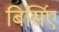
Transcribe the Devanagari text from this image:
बिर्सिए